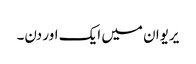
یریوان میں ایک اور دن۔